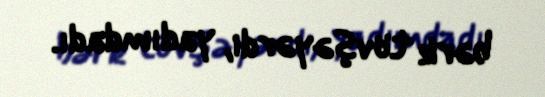
bərk tövşəyərdi, yadımdadı.